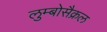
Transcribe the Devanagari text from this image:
लुम्बोसैक्रल